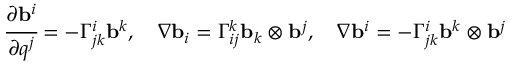
{ \cfrac { \partial \mathbf { b } ^ { i } } { \partial q ^ { j } } } = - \Gamma ^ { i } _ { j k } \mathbf { b } ^ { k } , \quad { \boldsymbol { \nabla } } \mathbf { b } _ { i } = \Gamma ^ { k } _ { i j } \mathbf { b } _ { k } \otimes \mathbf { b } ^ { j } , \quad { \boldsymbol { \nabla } } \mathbf { b } ^ { i } = - \Gamma ^ { i } _ { j k } \mathbf { b } ^ { k } \otimes \mathbf { b } ^ { j }